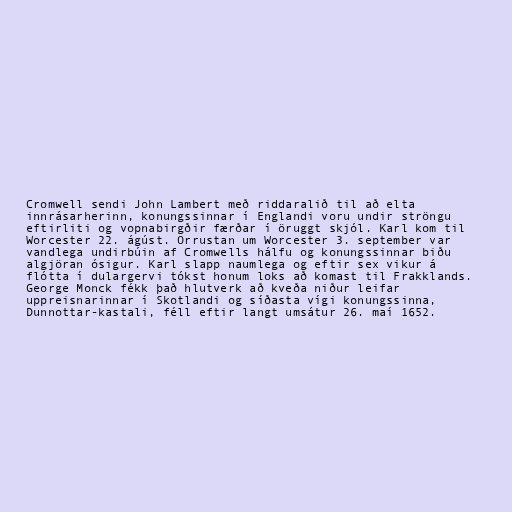
Cromwell sendi John Lambert með riddaralið til að elta
innrásarherinn, konungssinnar í Englandi voru undir ströngu
eftirliti og vopnabirgðir færðar í öruggt skjól. Karl kom til
Worcester 22. ágúst. Orrustan um Worcester 3. september var
vandlega undirbúin af Cromwells hálfu og konungssinnar biðu
algjöran ósigur. Karl slapp naumlega og eftir sex vikur á
flótta í dulargervi tókst honum loks að komast til Frakklands.
George Monck fékk það hlutverk að kveða niður leifar
uppreisnarinnar í Skotlandi og síðasta vígi konungssinna,
Dunnottar-kastali, féll eftir langt umsátur 26. maí 1652.